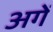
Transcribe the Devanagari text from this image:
अगें